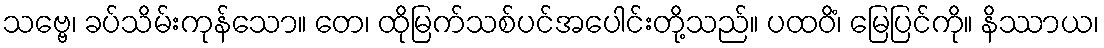
သဗ္ဗေ၊ ခပ်သိမ်းကုန်သော။ တေ၊ ထိုမြက်သစ်ပင်အပေါင်းတို့သည်။ ပထဝိံ၊ မြေပြင်ကို။ နိဿာယ၊